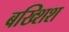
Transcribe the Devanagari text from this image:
बख्शिश